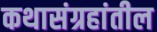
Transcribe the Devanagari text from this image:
कथासंग्रहांतील